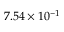
7 . 5 4 \times 1 0 ^ { - 1 }